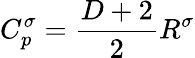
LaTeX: C_{p}^{\sigma}=\frac{D+2}{2}R^{\sigma}